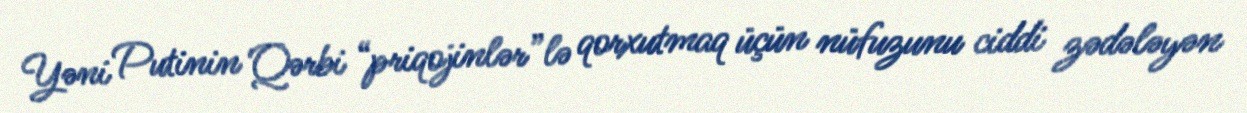
Yəni Putinin Qərbi “priqojinlər”lə qorxutmaq üçün nüfuzunu ciddi zədələyən